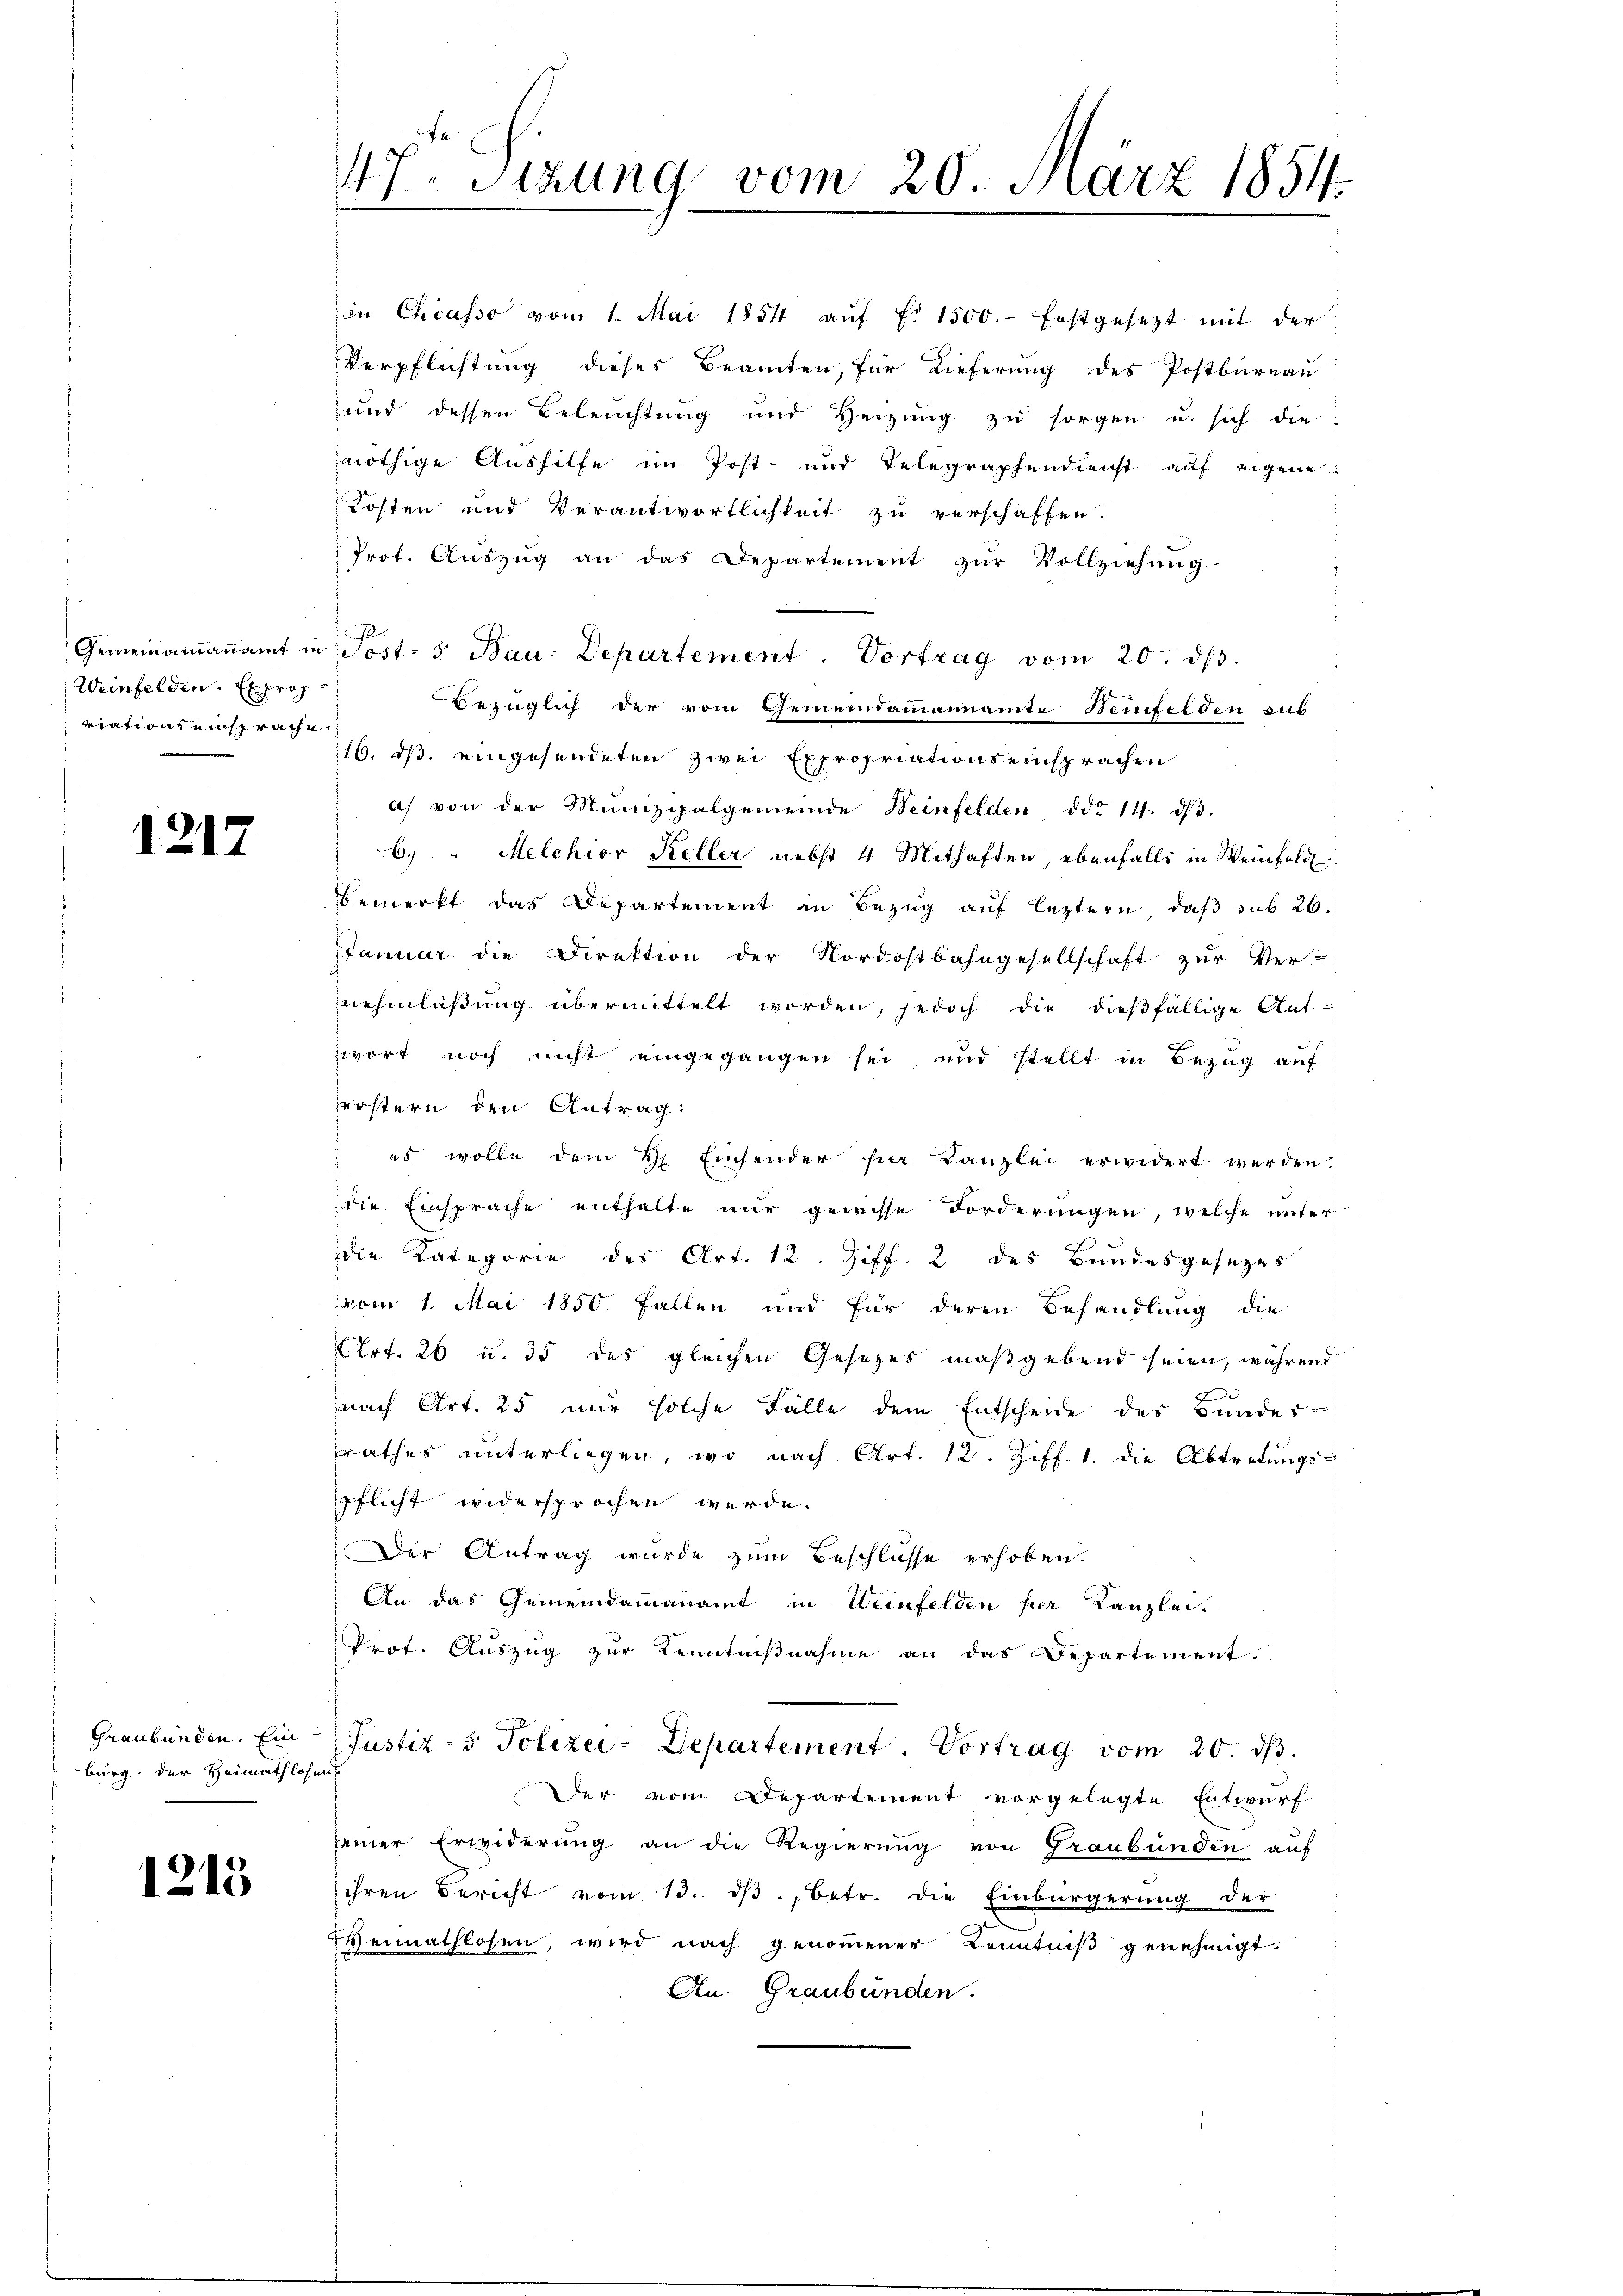
Weinfelden. Exprop
riations einsprache

1217

burg, der Heimathlosen

1215

47. Sizung vom 20. März 1854.

nöthige Aushilfe im Post- und Telegraphendienst auf eigene
Kosten und Verantwortlichkeit zu verschaffen.
Prof. Auszug an das Departement zur Vollziehung
7
Gemeinamaṅamt in Post- 5 Bau-Departement. Vortrag vom 20. dβ.
Bezüglich der vom Gemeindammannamte Beinfelden sub
116. ds. eingesendeten zwei Expropriationseinsprachen
a) von der Munizipalgemeinde Weinfelden, ddo 14. dβ.
6.) " Melchior Keller nebst 4 Mithaften, ebenfalls in Weinfeld.
bemerkt das Departement in Bezug auf leztern, das sub 26.
Januar die Direktion der Nordostbahngesellschaft zur Ver-
nehmlaβŭng übermittelt worden, jedoch die dießfällige Auf-
wort noch nicht eingegangen sei, und stellt in Bezug auf
Zerstern den Antrag:
 es wolle dem H. Einsender hier Kanzlei erwidert werden.
die Einsprache enthalte nur gewisse Forderungen, welche unter
die Kategorie des Art. 12. Ziff. 2 des Bundesgesezes
vom 1. Mai 1850. Fallen und für deren Behandlung die
Ehrt. 26 u. 35 des gleichen Gesezes maßgebend seien, während
nach Art. 25 nur solche Fälle dem Entscheide der Bundes-
rathes unterliegen, wo nach Art. 12. Ziff. 1. die Abtretungs-
pflicht widersprochen werde.
Der Antrag wurde zum Beschlüsse erhoben.
An das Gemeindammannamt in Weinfelden per Kanzlei-
Prot. Auszug zur Kenntnißnahme an das Departement.
Graubünden. Ein Justiz- & Polizei-Departement. Vortrag vom 20.
Der vom Departement vorgelegte Entwurf
seiner Erwiderung an die Regierung von Graubünden auf
ihren Bericht vom 13. dβ betr. die Einbürgerŭng der
Heimathlosen, wird nach genommener Kenntniß genehmigt.
An Graubünden.

in Chiasso vom 1. Mai 1854 aŭf f. 1500.- festgesezt mit der
Verpflichtung dieses Beamten, für Lieferung des Postbureau
und dessen Beleŭchtŭng und Heizŭng zŭ sorgen u. sich die